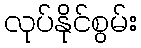
လုပ်နိုင်စွမ်း